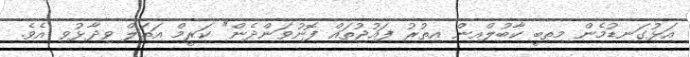
އަޅުގަނޑުމެން މިތިބީ ކާބުލްއިން އިތުރު ފައުޖުތައް ފޮނުވަންދެން" ކަރީމް އަތަލް ވިދާޅުވި އެވެ.